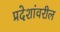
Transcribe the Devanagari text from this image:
प्रदेशांवरील